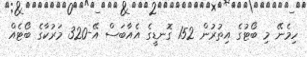
ހިމެނޭ މި ބޯޓުގެ އިތުރުން 152 ގޮނޑީގެ އެއާބަސް އޭ-320 މަރުކާގެ ބޯޓެއް